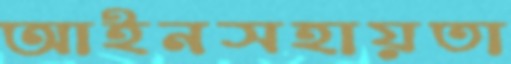
আইনসহায়তা